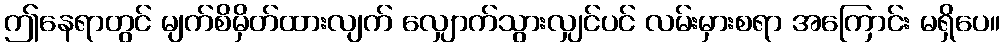
ဤနေရာတွင် မျက်စိမှိတ်ထားလျက် လျှောက်သွားလျှင်ပင် လမ်းမှားစရာ အကြောင်း မရှိပေ။